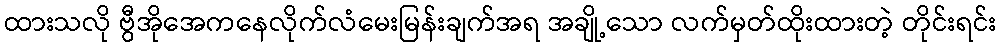
ထားသလို ဗွီအိုအေကနေလိုက်လံမေးမြန်းချက်အရ အချို့သော လက်မှတ်ထိုးထားတဲ့ တိုင်းရင်း